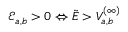
\mathcal { E } _ { a , b } > 0 \Leftrightarrow \tilde { E } > V _ { a , b } ^ { ( \infty ) }